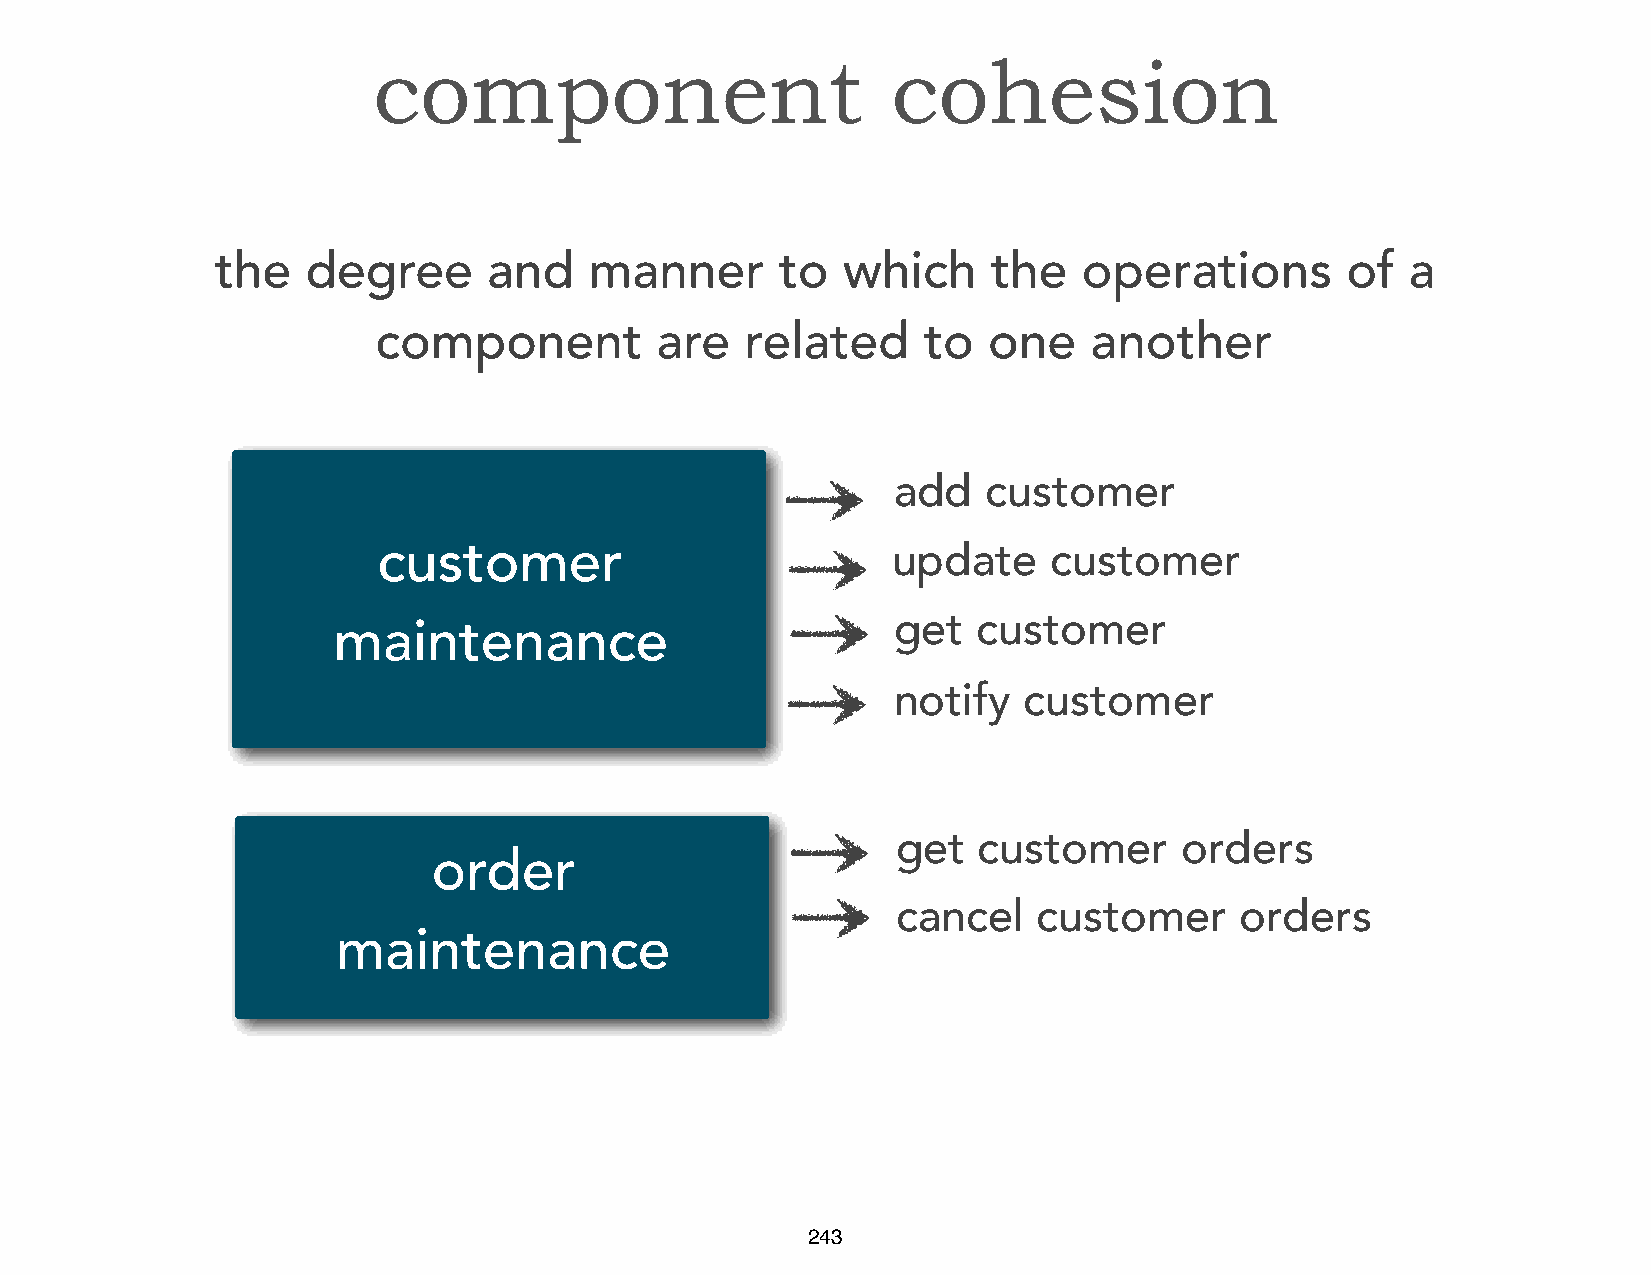
component                         cohesion
 the   degree      and    manner       to  which     the   operations       of  a
 component         are   related     to  one    another
 add   customer
 customer                          update    customer
 get   customer
 maintenance
 notify   customer
 get   customer     orders
 order
 cancel    customer     orders
 maintenance
 243